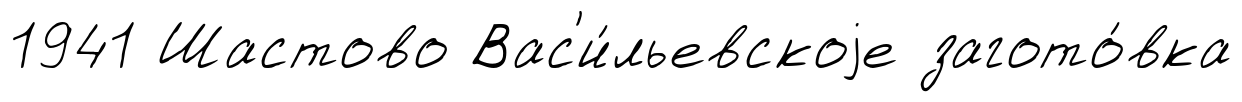
1941 Шастово Вас'и́льевскоjе загото́вка